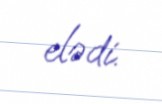
elədi.